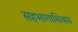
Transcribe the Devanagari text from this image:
सहभागाशिवाय